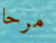
مرحا